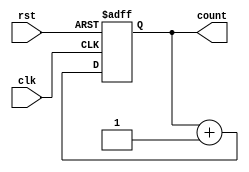
module synchronous_counter (
    input wire clk,
    input wire rst,
    output reg [3:0] count
);
    
    always @(posedge clk or posedge rst) begin
        if (rst) begin
            count <= 4'b0;
        end else begin
            count <= count + 1;
        end
    end

endmodule